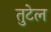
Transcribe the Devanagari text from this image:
तुटेल